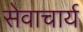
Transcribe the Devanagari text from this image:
सेवाचार्य